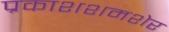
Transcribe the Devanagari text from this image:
प्रकाशशमशेर